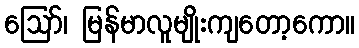
ဪ၊ မြန်မာလူမျိုးကျတော့ကော။